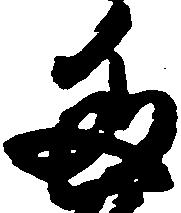
多